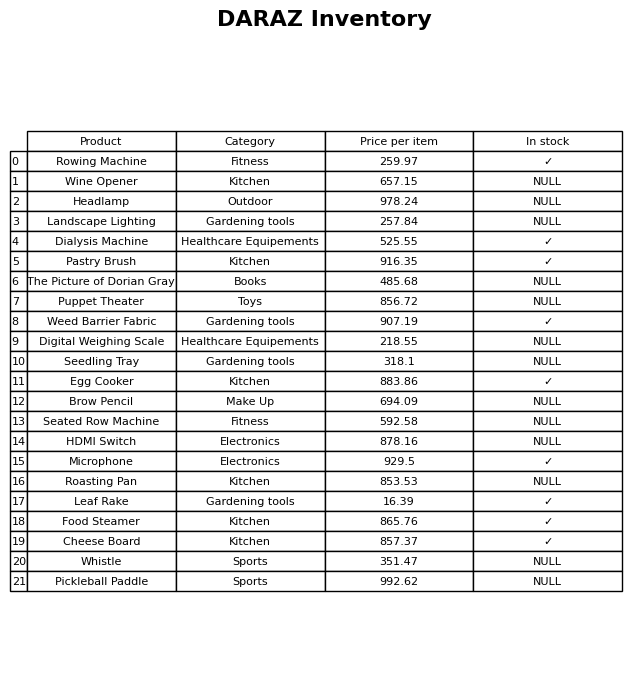
question: What is the price for Seated Row Machine?
answer: The price of Seated Row Machine is 592.58.